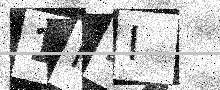
Text: 1H4I